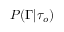
P ( \Gamma \vert \tau _ { o } )